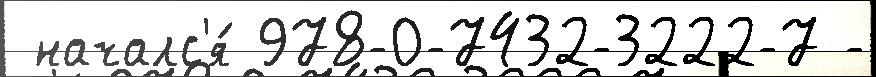
 началс'я́ 978-0-7432-3222-7 -